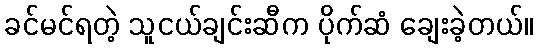
ခင်မင်ရတဲ့ သူငယ်ချင်းဆီက ပိုက်ဆံ ချေးခဲ့တယ်။